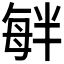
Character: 𣫷